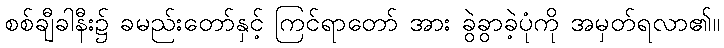
စစ်ချီခါနီး၌ ခမည်းတော်နှင့် ကြင်ရာတော် အား ခွဲခွာခဲ့ပုံကို အမှတ်ရလာ၏။